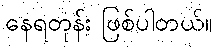
နေရတုန်း ဖြစ်ပါတယ်။